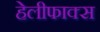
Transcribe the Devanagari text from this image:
हेलीफाक्स